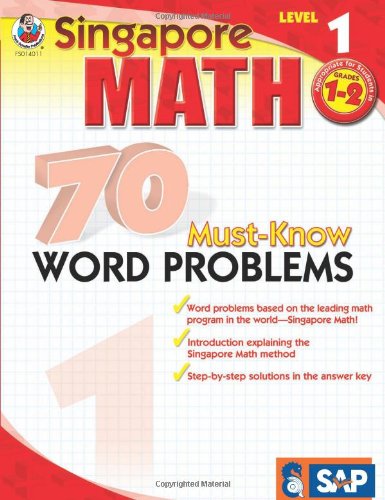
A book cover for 70 Must-Know Word Problems, Grades 1 - 2 (Singapore Math); Children's Books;